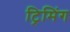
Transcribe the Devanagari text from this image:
ट्रिमिंग